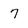
Character: 7